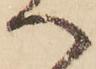
へ